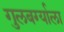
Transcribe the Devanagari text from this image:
गुलबर्ग्याला